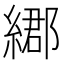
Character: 𦄄